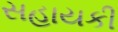
સહાયકી